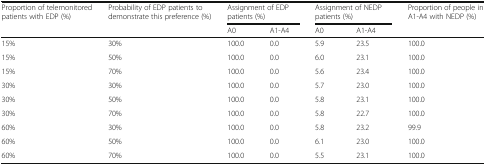
| <ROWSPAN=2> Proportion of telemonitored patients with EDP (%) | <ROWSPAN=2> Probability of EDP patients to demonstrate this preference (%) | <COLSPAN=2> Assignment of EDP patients (%) | <COLSPAN=2> Assignment of NEDP patients (%) | <ROWSPAN=2> Proportion of people in A1-A4 with NEDP (%) |
 | A0 | A1-A4 | A0 | A1-A4 |
 | --- | --- | --- | --- | --- | --- | --- |
 | 15% | 30% | 100.0 | 0.0 | 5.9 | 23.5 | 100.0 |
 | 15% | 50% | 100.0 | 0.0 | 6.0 | 23.1 | 100.0 |
 | 15% | 70% | 100.0 | 0.0 | 5.6 | 23.4 | 100.0 |
 | 30% | 30% | 100.0 | 0.0 | 5.7 | 23.0 | 100.0 |
 | 30% | 50% | 100.0 | 0.0 | 5.8 | 23.1 | 100.0 |
 | 30% | 70% | 100.0 | 0.0 | 5.8 | 22.7 | 100.0 |
 | 60% | 30% | 100.0 | 0.0 | 5.8 | 23.2 | 99.9 |
 | 60% | 50% | 100.0 | 0.0 | 6.1 | 23.0 | 100.0 |
 | 60% | 70% | 100.0 | 0.0 | 5.5 | 23.1 | 100.0 |